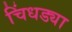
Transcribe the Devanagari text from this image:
चिंधड्या